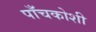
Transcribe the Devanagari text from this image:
पाँचकोशी